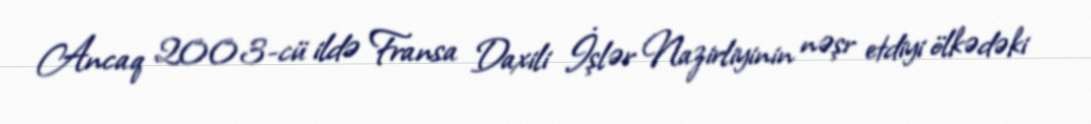
Ancaq 2003-cü ildə Fransa Daxili İşlər Nazirliyinin nəşr etdiyi ölkədəki